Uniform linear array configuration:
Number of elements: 64
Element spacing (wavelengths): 0.5
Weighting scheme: binomial
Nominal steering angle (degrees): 60
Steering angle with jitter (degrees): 60.867
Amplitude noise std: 0.05
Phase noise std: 0.05

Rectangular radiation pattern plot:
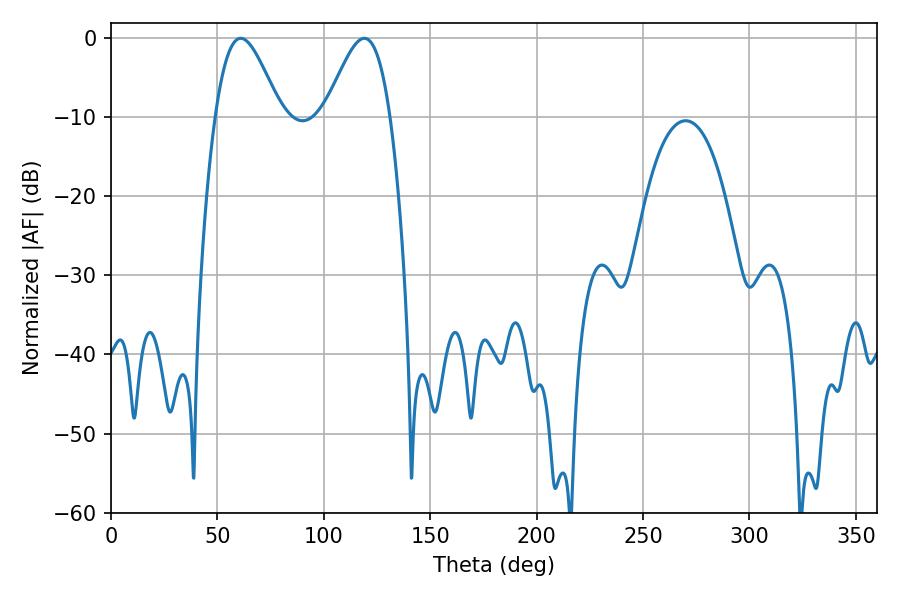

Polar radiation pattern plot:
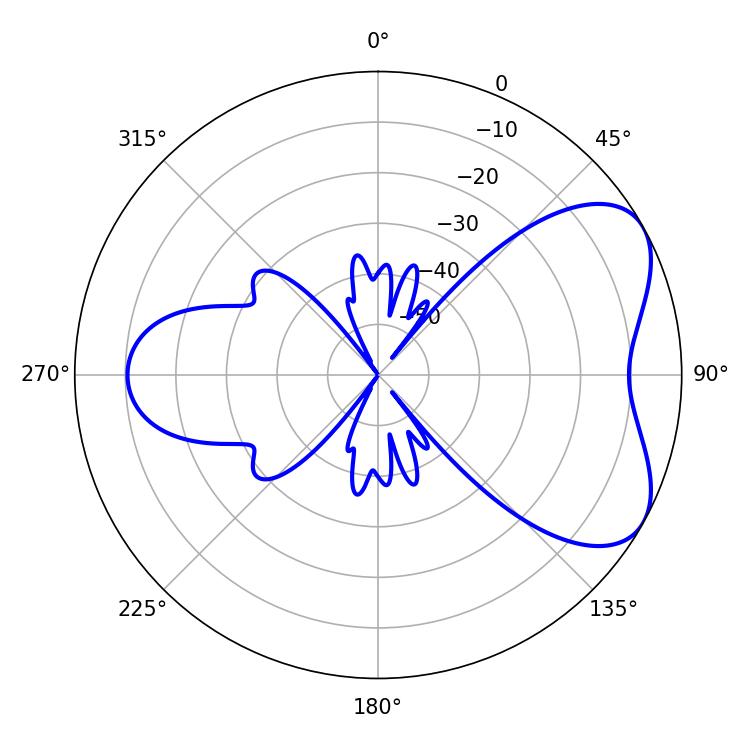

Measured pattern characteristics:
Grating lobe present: FALSE
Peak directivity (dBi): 5.655
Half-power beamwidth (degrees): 16.2
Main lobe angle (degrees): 61.02